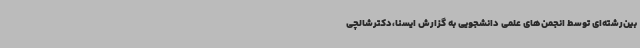
بین‌رشته‌ای توسط انجمن‌های علمی دانشجویی به گزارش ایسنا،دکترشالچی